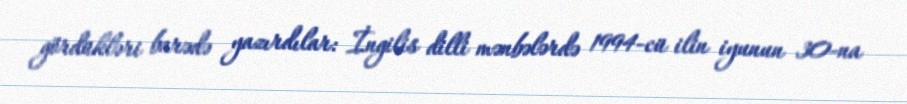
gördükləri barədə yazırdılar: İngilis dilli mənbələrdə 1994-cü ilin iyunun 30-na